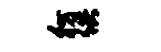
彷供